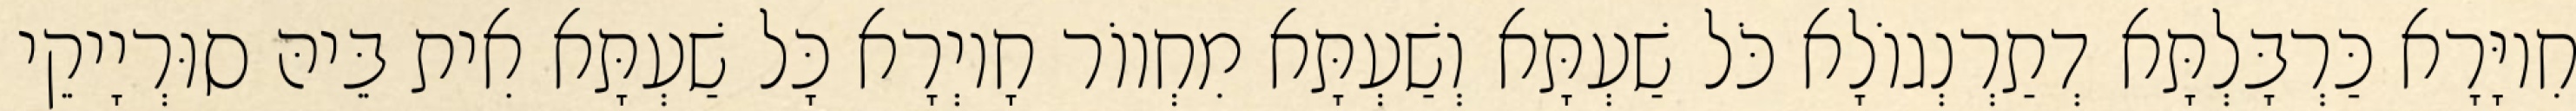
חִיוָּרָא כַּרְבָּלְתָּא דְתַרְנְגוֹלָא כֹּל שַׁעְתָּא וְשַׁעְתָּא מִחְווֹר חָיוְרָא כָּל שַׁעְתָּא אִית בֵּיהּ סוּרְיָיקֵי